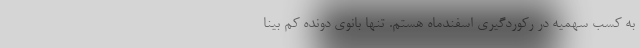
به کسب سهمیه در رکوردگیری اسفندماه هستم. تنها بانوی دونده کم بینا